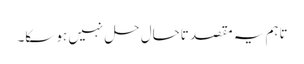
تاہم یہ مقصد تاحال حل نہیں ہو سکا۔